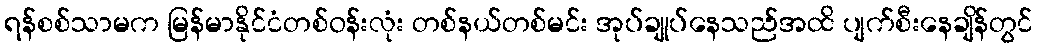
ရန်စစ်သာမက မြန်မာနိုင်ငံတစ်ဝန်းလုံး တစ်နယ်တစ်မင်း အုပ်ချုပ်နေသည်အထိ ပျက်စီးနေချိန်တွင်